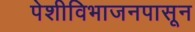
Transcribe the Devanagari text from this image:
पेशीविभाजनपासून